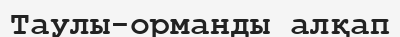
Таулы-орманды алқап